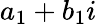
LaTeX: a_{1}+b_{1}i